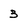
Character: 3